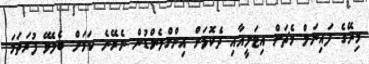
މިރޭގެ ފައިނަލް މެޗަށް އިޓަލީއާއި ދެކޮޅަށް އިންގްލެންޑުން ނެރޭނެ ކަމަށް ބެލެވޭ ފުރަތަމަ